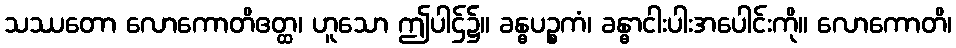
သဿတော လောကောတိဧတ္ထ၊ ဟူသော ဤပါဌ်၌။ ခန္ဓပဉ္စကံ၊ ခန္ဓာငါးပါးအပေါင်းကို။ လောကောတိ၊